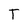
Character: T